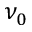
\nu _ { 0 }